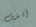
أقذف